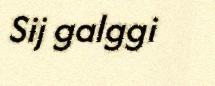
Sij galggi